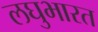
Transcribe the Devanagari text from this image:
लघुभारत